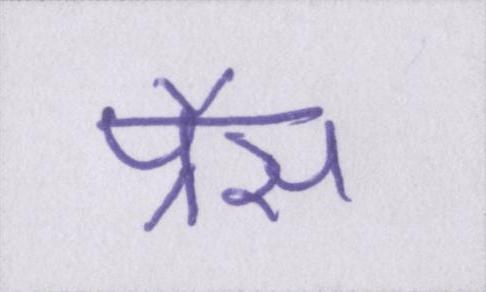
प्रैस